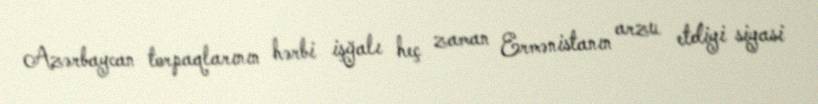
Azərbaycan torpaqlarının hərbi işğalı heç zaman Ermənistanın arzu etdiyi siyasi